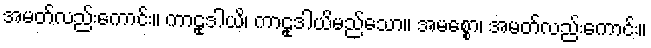
အမတ်လည်းကောင်း။ ကာဠုဒါယိ၊ ကာဠုဒါယိမည်သော။ အမစ္စော၊ အမတ်လည်းကောင်း။